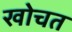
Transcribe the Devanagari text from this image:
खोचत